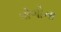
પોળોના